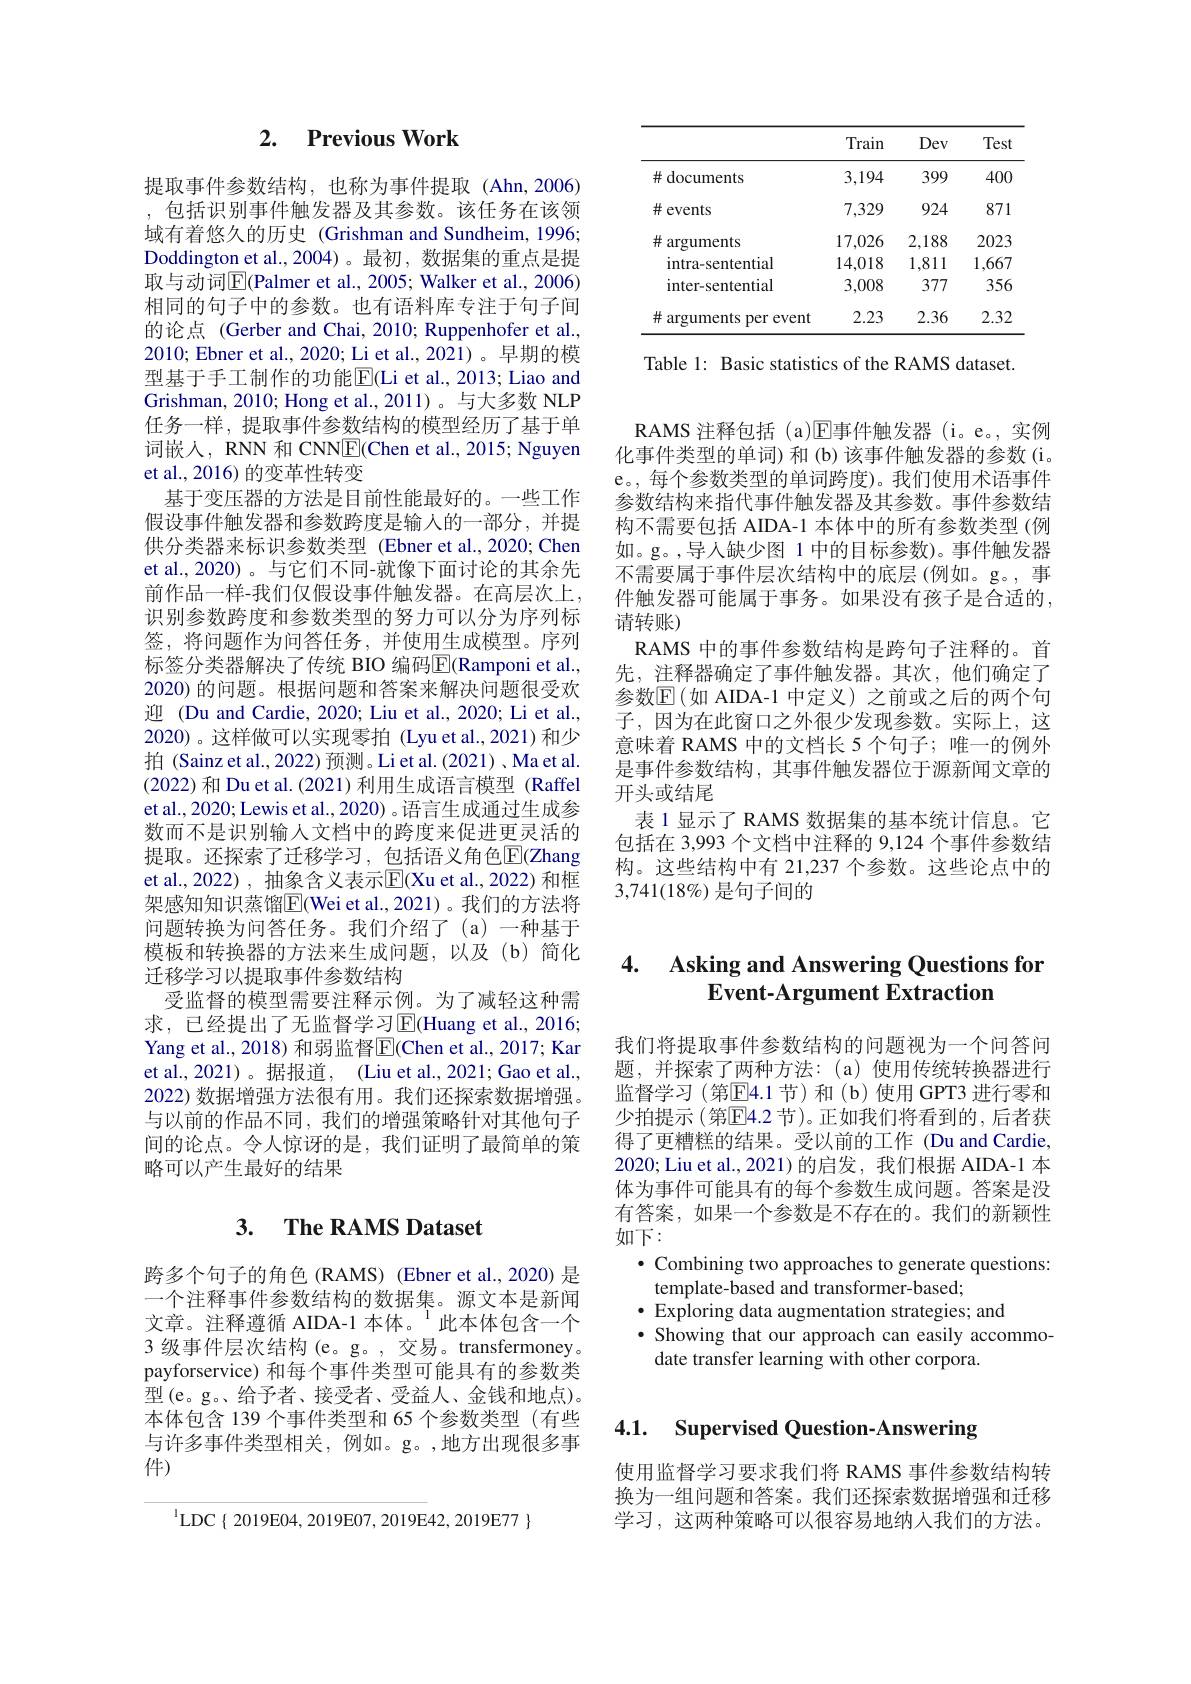
# 2. Previous Work

提取事件参数结构，也称为事件提取(Ahn,2006) ,包括识别事件触发器及其参数。该任务在该领域有着悠久的历史 (Grishman and Sundheim, 1996; Doddington et al.,2004)。最初，数据集的重点是提取与动词$\boxed{\mathrm{E}}($Palmer et al., 2005; Walker et al., 2006) 相同的句子中的参数。也有语料库专注于句子间的论点 (Gerber and Chai, 2010; Ruppenhofer et al., 2010; Ebner et al., 2020; Li et al., 2021)。早期的模型基于手工制作的功能$\overline{\mathrm{E}}($Li et al., 2013; Liao and Grishman, 2010; Hong et al., 2011)。与大多数 NLP 任务一样，提取事件参数结构的模型经历了基于单词嵌人，RNN 和 CNNE(Chen et al., 2015; Nguyen et al., 2016) 的变革性转变
基于变压器的方法是目前性能最好的。一些工作假设事件触发器和参数跨度是输入的一部分，并提供分类器来标识参数类型 (Ebner et al.,2020; Chen et al., 2020) 。与它们不同-就像下面讨论的其余先前作品一样-我们仅假设事件触发器。在高层次上， 识别参数跨度和参数类型的努力可以分为序列标签，将问题作为问答任务，并使用生成模型。序列标签分类器解决了传统 BIO 编码$\overline{\mathrm{E}}($Ramponi et al. 2020) 的问题。根据问题和答案来解决问题很受欢迎 (Du and Cardie, 2020; Liu et al., 2020; Li et al., 2020)。这样做可以实现零拍 (Lyu et al., 2021) 和少拍(Sainz et al., 2022) 预测。Li et al.(2021) , Ma et al. (2022)和 Du et al.(2021)利用生成语言模型 (Raffel et al., 2020; Lewis et al., 2020) 。语言生成通过生成参数而不是识别输人文档中的跨度来促进更灵活的提取。还探索了迁移学习，包括语义角色$\overline{\mathrm{E}}($Zhang et al.,2022) , 抽象含义表示$\mathbb{E}($Xu et al.,2022) 和框架感知知识蒸馏$\boxed{\mathrm{E}}$(Wei et al., 2021)。我们的方法将问题转换为问答任务。我们介绍了(a)一种基于模板和转换器的方法来生成问题，以及(b)简化迁移学习以提取事件参数结构
受监督的模型需要注释示例。为了减轻这种需求，已经提出了无监督学习$\underline{\mathrm{E}}($Huang et al.,2016; Yang et al., 2018) 和弱监督$\overline{\mathrm{E}}($Chen et al., 2017; Kar et al.,2021)。据报道，(Liu et al.,2021;Gao et al., 2022) 数据增强方法很有用。我们还探索数据增强。与以前的作品不同，我们的增强策略针对其他句子间的论点。令人惊讶的是，我们证明了最简单的策略可以产生最好的结果

# 3. $\textbf{The RAMS Dataset}$

跨多个句子的角色(RAMS) (Ebner et al.,2020) 是一个注释事件参数结构的数据集。源文本是新闻文章。注释遵循 AIDA-1 本体。$^{1}$此本体包含一个3 级事件层次结构 (e。g。, 交易。transfermoney。payforservice) 和每个事件类型可能具有的参数类型(e。g。、给予者、接受者、受益人、金钱和地点)。本体包含 139 个事件类型和 65 个参数类型 (有些与许多事件类型相关，例如。g。,地方出现很多事件)

$^{1}$LDC$\{$2019E04,2019E07,2019E42,2019E77$\}$

<table>
	<tbody>
		<tr>
			<th> </th>
			<th>Train</th>
			<th>Dev</th>
			<th>Test</th>
		</tr>
		<tr>
			<td>$\#$documents</td>
			<td>3,194</td>
			<td>399</td>
			<td>400</td>
		</tr>
		<tr>
			<td>#events</td>
			<td>7,329</td>
			<td>924</td>
			<td>871</td>
		</tr>
		<tr>
			<td>$\#$ arguments</td>
			<td>17,026</td>
			<td>2,188</td>
			<td>2023</td>
		</tr>
		<tr>
			<td>intra-sentential</td>
			<td>14,018</td>
			<td>1,811</td>
			<td>1,667</td>
		</tr>
		<tr>
			<td>inter-sentential</td>
			<td>3,008</td>
			<td>377</td>
			<td>356</td>
		</tr>
		<tr>
			<td># arguments s per event</td>
			<td>2.23</td>
			<td>2.36</td>
			<td>2.32</td>
		</tr>
	</tbody>
</table>

Table 1: Basic statistics of the RAMS dataset.

RAMS 注释包括 (a)$\overline{\mathrm{E}}$事件触发器 (i。e。,实例化事件类型的单词)和 (b) 该事件触发器的参数 (i。e。, 每个参数类型的单词跨度)。我们使用术语事件参数结构来指代事件触发器及其参数。事件参数结构不需要包括 AIDA-1 本体中的所有参数类型 (例如。g。,导人缺少图 1 中的目标参数)。事件触发器不需要属于事件层次结构中的底层(例如。g。,事件触发器可能属于事务。如果没有孩子是合适的， 请转账)
RAMS 中的事件参数结构是跨句子注释的。首先，注释器确定了事件触发器。其次，他们确定了参数$\mathbb{E}($如 AIDA-1 中定义)之前或之后的两个句子，因为在此窗口之外很少发现参数。实际上，这意味着 RAMS 中的文档长 5 个句子；唯一的例外是事件参数结构，其事件触发器位于源新闻文章的开头或结尾
表 1 显示了 RAMS 数据集的基本统计信息。它包括在 3,993 个文档中注释的 9,124 个事件参数结构。这些结构中有 21,237 个参数。这些论点中的$3,741(18\%)$是句子间的

# 4. Asking and Answering Questions for Event-Argument Extraction

我们将提取事件参数结构的问题视为一个问答问题，并探索了两种方法：(a)使用传统转换器进行监督学习(第$\overline{\mathrm{E}}4.1$ 节)和(b)使用 GPT3 进行零和少拍提示 (第$\overline{\mathrm{E}}4.2$ 节)。正如我们将看到的，后者获得了更糟糕的结果。受以前的工作 (Du and Cardie, 2020; Liu et al., 2021)的启发，我们根据 AIDA-1 本体为事件可能具有的每个参数生成问题。答案是没有答案，如果一个参数是不存在的。我们的新颖性如下：
· Combining two approaches to generate questions:
template-based and transformer-based;

$\bullet$ Exploring data augmentation strategies; and
$\bullet$ Showing that our approach can easily accommo-
date transfer learning with other corpora.

### 4.1. Supervised Question-Answering

使用监督学习要求我们将 RAMS 事件参数结构转换为一组问题和答案。我们还探索数据增强和迁移学习，这两种策略可以很容易地纳入我们的方法。